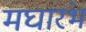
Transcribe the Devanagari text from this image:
मघारंभ